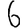
Digit: 6